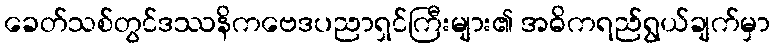
ခေတ်သစ်တွင်ဒဿနိကဗေဒပညာရှင်ကြီးများ၏ အဓိကရည်ရွယ်ချက်မှာ